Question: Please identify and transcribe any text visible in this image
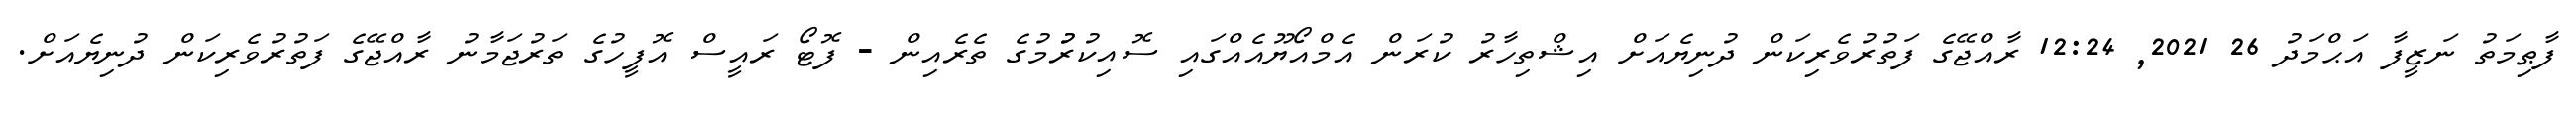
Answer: ފާޠިމަތު ނަޒީފާ އަޙްމަދު 26 2021, 12:24 ރާއްޖޭގެ ފަތުރުވެރިކަން ދުނިޔެއަށް އިޝްތިހާރު ކުރަން އެމްއޯޔޫއެއްގައި ސޮއިކުރުުމުގެ ތެރެއިން - ފޮޓޯ ރައީސް އޮފީހުގެ ތަރުޖަމާނު ރާއްޖޭގެ ފަތުރުވެރިކަން ދުނިޔެއަށް.